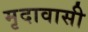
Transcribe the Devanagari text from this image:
मृदावासी